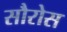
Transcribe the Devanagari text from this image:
सौरोस